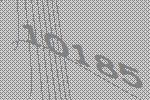
10185